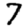
Digit: 7